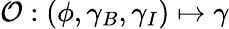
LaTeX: \mathcal{O}:\left(\phi,\gamma_{B},\gamma_{I}\right)\mapsto\gamma